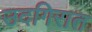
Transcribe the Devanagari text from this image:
उदगिरात